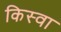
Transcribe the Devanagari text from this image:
किस्वा